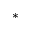
^ *